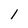
Character: 1